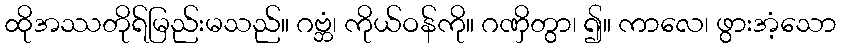
ထိုအဿတိုရ်မြည်းမသည်။ ဂဗ္ဘံ၊ ကိုယ်ဝန်ကို။ ဂဏှိတွာ၊ ၍။ ကာလေ၊ ဖွားအံ့သော